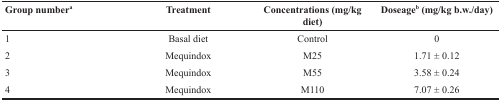
<table><thead><tr><td><b>Group number<sup>a</sup></b></td><td><b>Treatment</b></td><td><b>Concentrations (mg/kg diet)</b></td><td><b>Doseage<sup>b</sup> (mg/kg b.w./day)</b></td></tr></thead><tbody><tr><td>1</td><td>Basal diet</td><td>Control</td><td>0</td></tr><tr><td>2</td><td>Mequindox</td><td>M25</td><td>1.71 ± 0.12</td></tr><tr><td>3</td><td>Mequindox</td><td>M55</td><td>3.58 ± 0.24</td></tr><tr><td>4</td><td>Mequindox</td><td>M110</td><td>7.07 ± 0.26</td></tr></tbody></table>